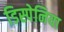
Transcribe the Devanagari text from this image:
डिस्पेनिया